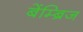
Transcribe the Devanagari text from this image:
बेंम्ब्रिज